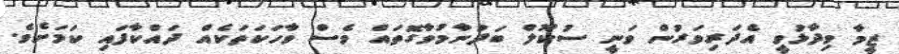
ޒީމާ ވިދާޅުވީ އެދަރިވަރުން ވަނީ ސުކޫލް ބަދުނާމުވާގޮތައް ވެސް ވާހަކަތަކެއް ދައްކާފައި ކަމަށެވެ.